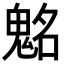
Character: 𩳊